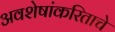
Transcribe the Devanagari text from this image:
अवशेषांकरिताचे